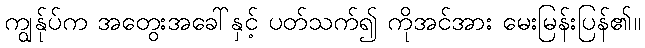
ကျွန်ုပ်က အတွေးအခေါ်နှင့် ပတ်သက်၍ ကိုအင်အား မေးမြန်းပြန်၏။